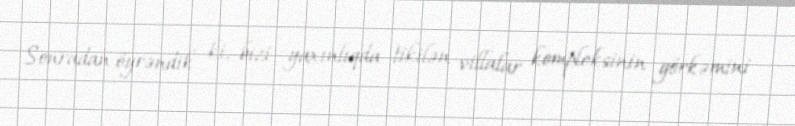
Sonradan öyrəndik ki, bizi yaxınlıqda tikilən villalar kompleksinin görkəmini